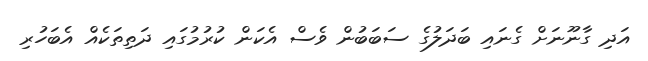
އަދި ގާނޫނަށް ގެނައި ބަދަލުގެ ސަބަބުން ވެސް އެކަން ކުރުމުގައި ދަތިތަކެއް އެބަހުރި